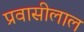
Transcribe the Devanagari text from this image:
प्रवासीलाल